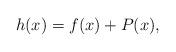
LaTeX: \begin{align*}h(x)=f(x)+P(x),\end{align*}